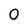
Character: 0